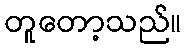
တူတော့သည်။